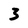
Character: 3